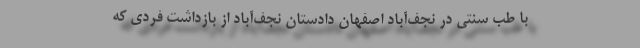
با طب سنتی در نجف‌آباد اصفهان دادستان نجف‌آباد از بازداشت فردی که